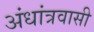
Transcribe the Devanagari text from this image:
अंधांत्रवासी